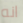
انه